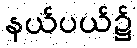
နယ်ပယ်၌